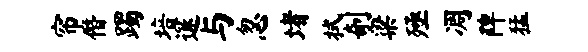
帘僭躅培邃与忽堵拭剞梁殛凋陴猛